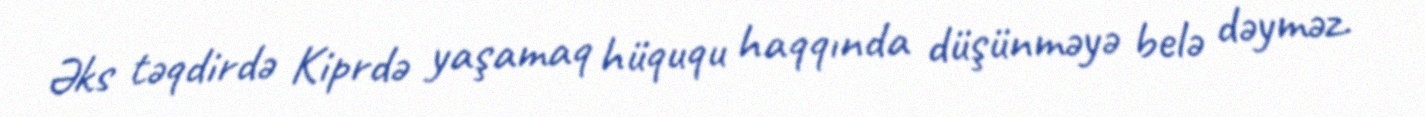
Əks təqdirdə Kiprdə yaşamaq hüququ haqqında düşünməyə belə dəyməz.